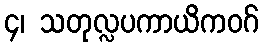
၄၊ သတုလ္လပကာယိကဝဂ်